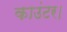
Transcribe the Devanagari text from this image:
काउंटर।